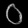
Digit: ၀